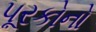
પૂરકોનો